Annual report of the Punjab Veterinary College and of the Civil Veterinary Department, Punjab - 1894-1908
Year: 1894
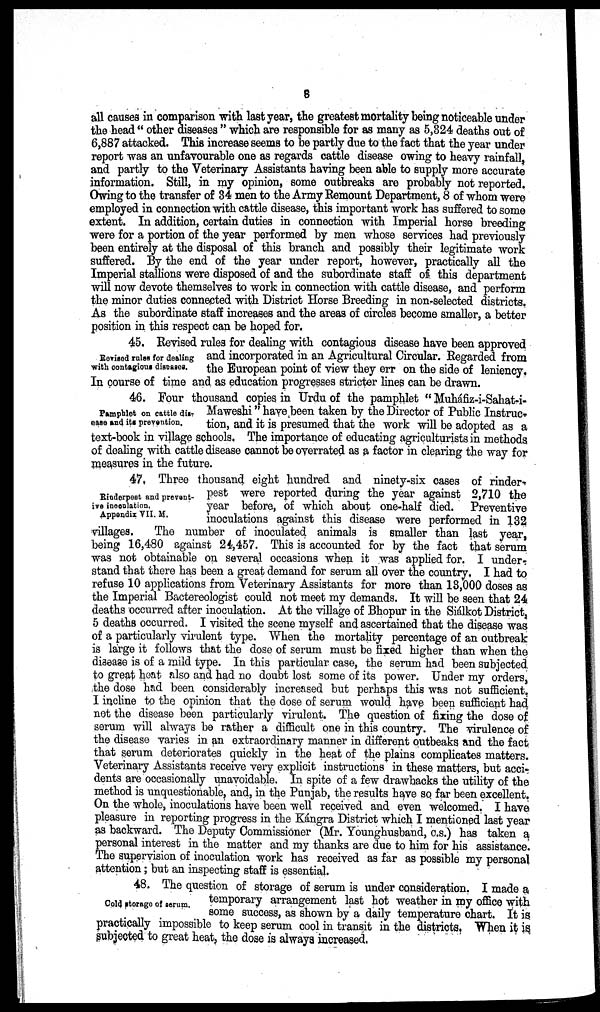
8
all causes in comparison with last year, the greatest mortality being noticeable under
the head " other diseases " which are responsible for as many as 5,324 deaths out of
6,887 attacked. This increase seems to be partly due to the fact that the year under
report was an unfavourable one as regards cattle disease owing to heavy rainfall,
and partly to the Veterinary Assistants having been able to supply more accurate
information. Still, in my opinion, some outbreaks are probably not reported.
Owing to the transfer of 34 men to the Army Remount Department, 8 of whom were
employed in connection with cattle disease, this important work has suffered to some
extent. In addition, certain duties in connection with Imperial horse breeding
were for a portion of the year performed by men whose services had previously
been entirely at the disposal of this branch and possibly their legitimate work
suffered. By the end of the year under report, however, practically all the
Imperial stallions were disposed of and the subordinate staff of this department
will now devote themselves to work in connection with cattle disease, and perform
the minor duties connected with District Horse Breeding in non-selected districts.
As the subordinate staff increases and the areas of circles become smaller, a better
position in this respect can be hoped for,
Revised rules for dealing
with contagious diseases.
45. Revised rules for dealing with contagious disease have been approved
and incorporated in an Agricultural Circular. Regarded from
the European point of view they err on the side of leniency.
In course of time and as education progresses stricter lines can be drawn.
Pamphlet on cattle dis-
ease and its prevention.
46. Four thousand copies in Urdu of the pamphlet " Muháfiz-i-Sahat-i-
Maweshi" have been taken by the Director of Public Instruc-
tion, and it is presumed that the work will be adopted as a
text-book in village schools. The importance of educating agriculturists in methods
of dealing with cattle disease cannot be overrated as a factor in clearing the way for
measures in the future.
Rinderpest and prevent-
ive inoculation.
Appendix VII. M.
47. Three thousand eight hundred and ninety-six cases of rinder-
pest were reported during the year against 2,710 the
year before, of which about one-half died. Preventive
inoculations against this disease were performed in 132
villages.
The number of inoculated animals is smaller than last year,
being 16,480 against 24,457. This is accounted for by the fact that serum
was not obtainable on several occasions when it was applied for. I under-
stand that there has been a great demand for serum all over the country, I had to
refuse 10 applications from Veterinary Assistants for more than 13,000 doses as
the Imperial Bactereologist could not meet my demands. It will be seen that 24
deaths occurred after inoculation. At the village of Bhopur in the Siálkot District,
5 deaths occurred. I visited the scene myself and ascertained that the disease was
of a particularly virulent type. When the mortality percentage of an outbreak
is large it follows that the dose of serum must be fixed higher than when the
disease is of a mild type. In this particular case, the serum had been subjected
to great heat also and had no doubt lost some of its power. Under my orders,
the dose had been considerably increased but perhaps this was not sufficient.
I incline to the opinion that the dose of serum would have been sufficient had
not the disease been particularly virulent. The question of fixing the dose of
serum will always be rather a difficult one in this country. The virulence of
the disease varies in an extraordinary manner in different outbreaks and the fact
that serum deteriorates quickly in the heat of the plains complicates matters.
Veterinary Assistants receive very explicit instructions in these matters, but acci-
dents are occasionally unavoidable. In spite of a few drawbacks the utility of the
method is unquestionable, and, in the Punjab, the results have so far been excellent.
On the whole, inoculations have been well received and even welcomed. I have
pleasure in reporting progress in the Kángra District which I mentioned last year
as backward. The Deputy Commissioner (Mr. Younghusband, c.s.) has taken a
personal interest in the matter and my thanks are due to him for his assistance.
The supervision of inoculation work has received as far as possible my personal
attention; but an inspecting staff is essential.
Cold storage of serum.
48. The question of storage of serum is under consideration. I made a
temporary arrangement last hot weather in my office with
some success, as shown by a daily temperature chart. It is
practically impossible to keep serum cool in transit in the districts. When it is
subjected to great heat, the dose is always increased.